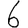
Digit: 6